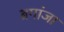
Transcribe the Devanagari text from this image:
ब्रगांजा